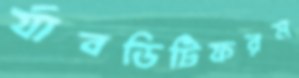
র‍্যাবডিটিফরম